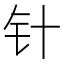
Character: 针